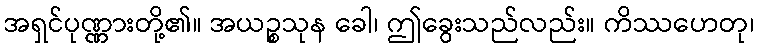
အရှင်ပုဏ္ဏားတို့၏။ အယဉ္စသုန ခေါ၊ ဤခွေးသည်လည်း။ ကိဿဟေတု၊